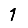
Digit: 1